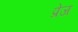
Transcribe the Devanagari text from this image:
प्रेज